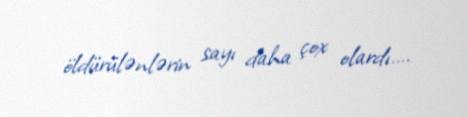
öldürülənlərin sayı daha çox olardı….